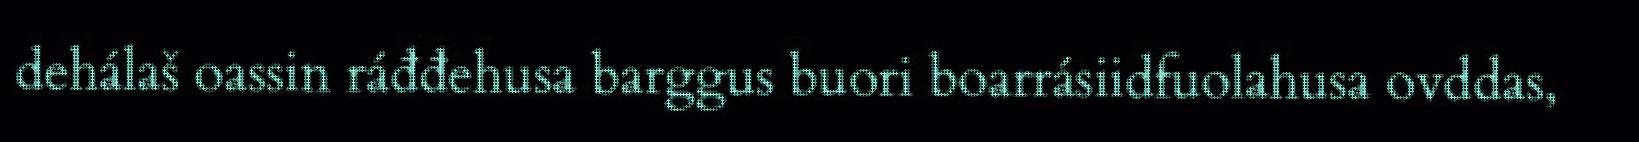
dehálaš oassin ráđđehusa barggus buori boarrásiidfuolahusa ovddas,